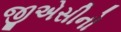
જીએસીનો